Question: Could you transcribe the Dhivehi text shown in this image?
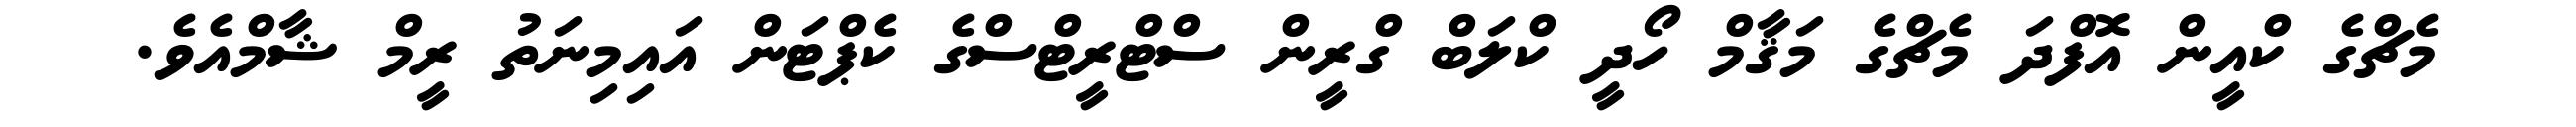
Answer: މެޗްގެ ކްއީން އޮފްދަ މެޗްގެ މަޤާމް ހޯދީ ކްލަބް ގްރީން ސްޓްރީޓްސްގެ ކެޕްޓަން އައިމިނަތު ރީމް ޝާމްއެވެ.